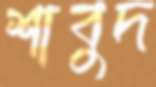
শাবুদ